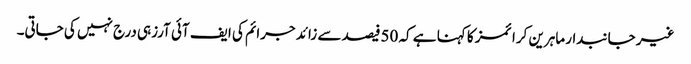
غیر جانبدار ماہرین کرا ئمز کا کہنا ہے کہ 50فیصد سے زائد جرائم کی ایف آئی آرزہی درج نہیں کی جاتی۔